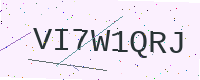
Text: VI7W1QRJ